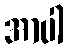
အာပါ